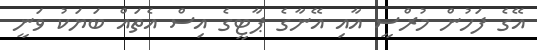
އޭގެ ފަހުން މުރްސީ އާއި އޭނާގެ ޕާޓީގެ އިސް އެތައް ބަޔަކު ވަނީ